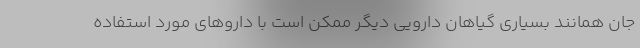
جان همانند بسیاری گیاهان دارویی دیگر ممکن است با داروهای مورد استفاده